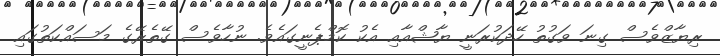
ރިޔާޒްވެސް ގިނަ ވަގުތު ހޭދަކުރަނީ ޔާޝްއާއި އެކު ކޮމްޕެނީގައެވެ. ނުހާވެސް ގޭތެރޭގެ މަސައްކަތުގައި